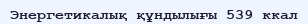
Энергетикалық құндылығы 539 ккал